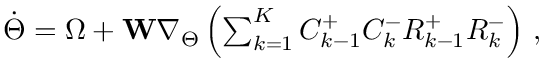
\begin{array} { r } { \Dot { \Theta } = \Omega + \mathbf { W } \nabla _ { \Theta } \left( \sum _ { k = 1 } ^ { K } C _ { k - 1 } ^ { + } C _ { k } ^ { - } R _ { k - 1 } ^ { + } R _ { k } ^ { - } \right) \, , } \end{array}